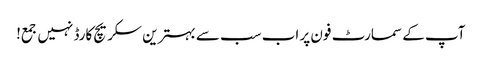
آپ کے سمارٹ فون پر اب سب سے بہترین سکریچ کارڈ نہیں جمع!